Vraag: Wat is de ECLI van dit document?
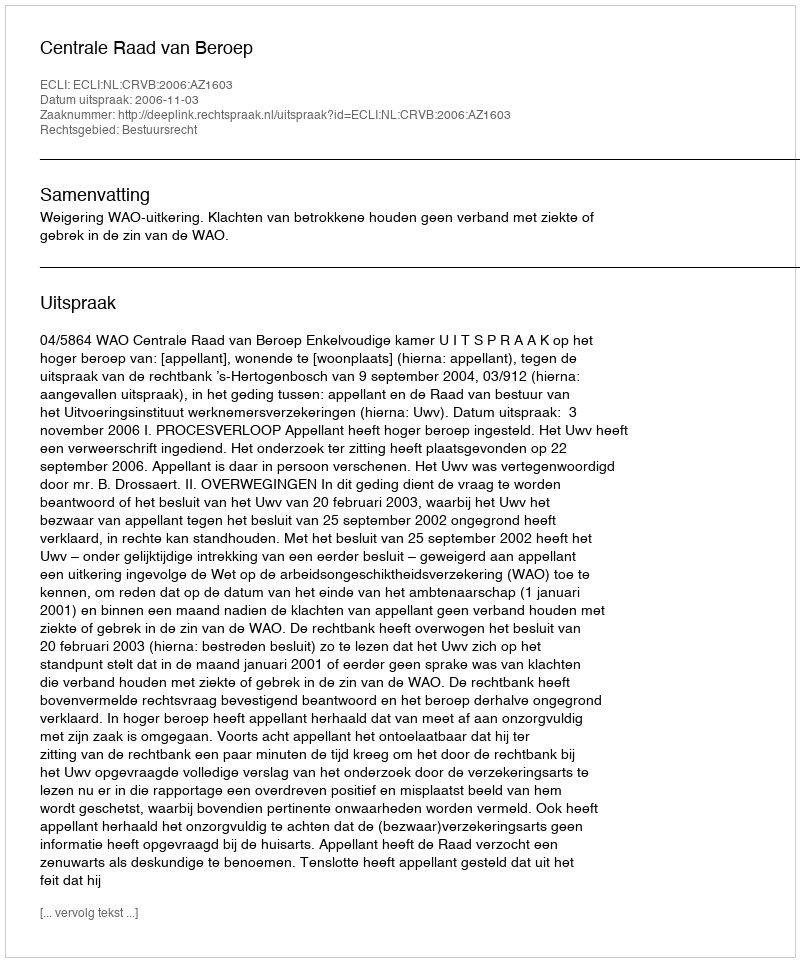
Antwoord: ECLI:NL:CRVB:2006:AZ1603